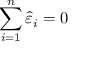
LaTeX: \sum _ { i = 1 } ^ { n } { \hat { \varepsilon } } _ { i } = 0